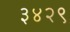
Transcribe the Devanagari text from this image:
३४२९